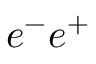
e ^ { - } e ^ { + }